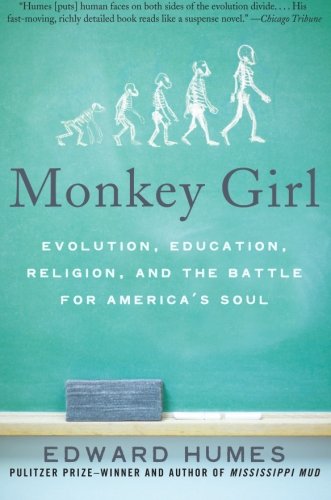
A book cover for Monkey Girl: Evolution, Education, Religion, and the Battle for America's Soul; Edward Humes; Christian Books & Bibles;